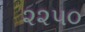
૨૨૫૦